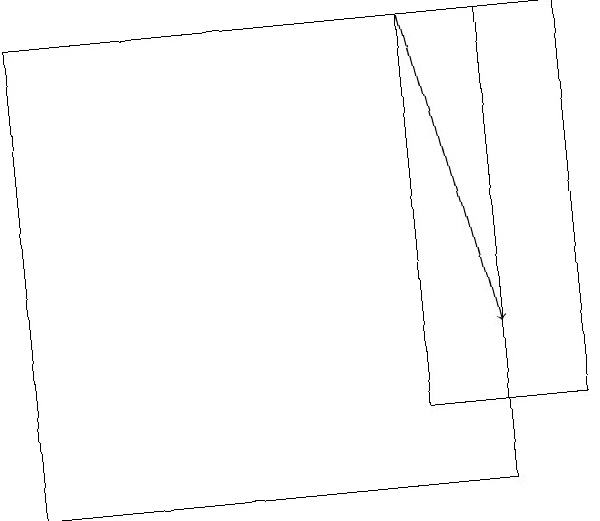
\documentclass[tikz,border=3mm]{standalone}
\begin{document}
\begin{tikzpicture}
\draw (8,12) rectangle (6,17);
\draw[->] (6,17) -- (7,13);
\draw (7,11) rectangle (1,17);
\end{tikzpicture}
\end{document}